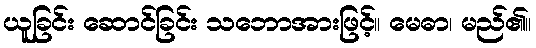
ယူခြင်း ဆောင်ခြင်း သဘောအားဖြင့်။ မေဓာ၊ မည်၏။